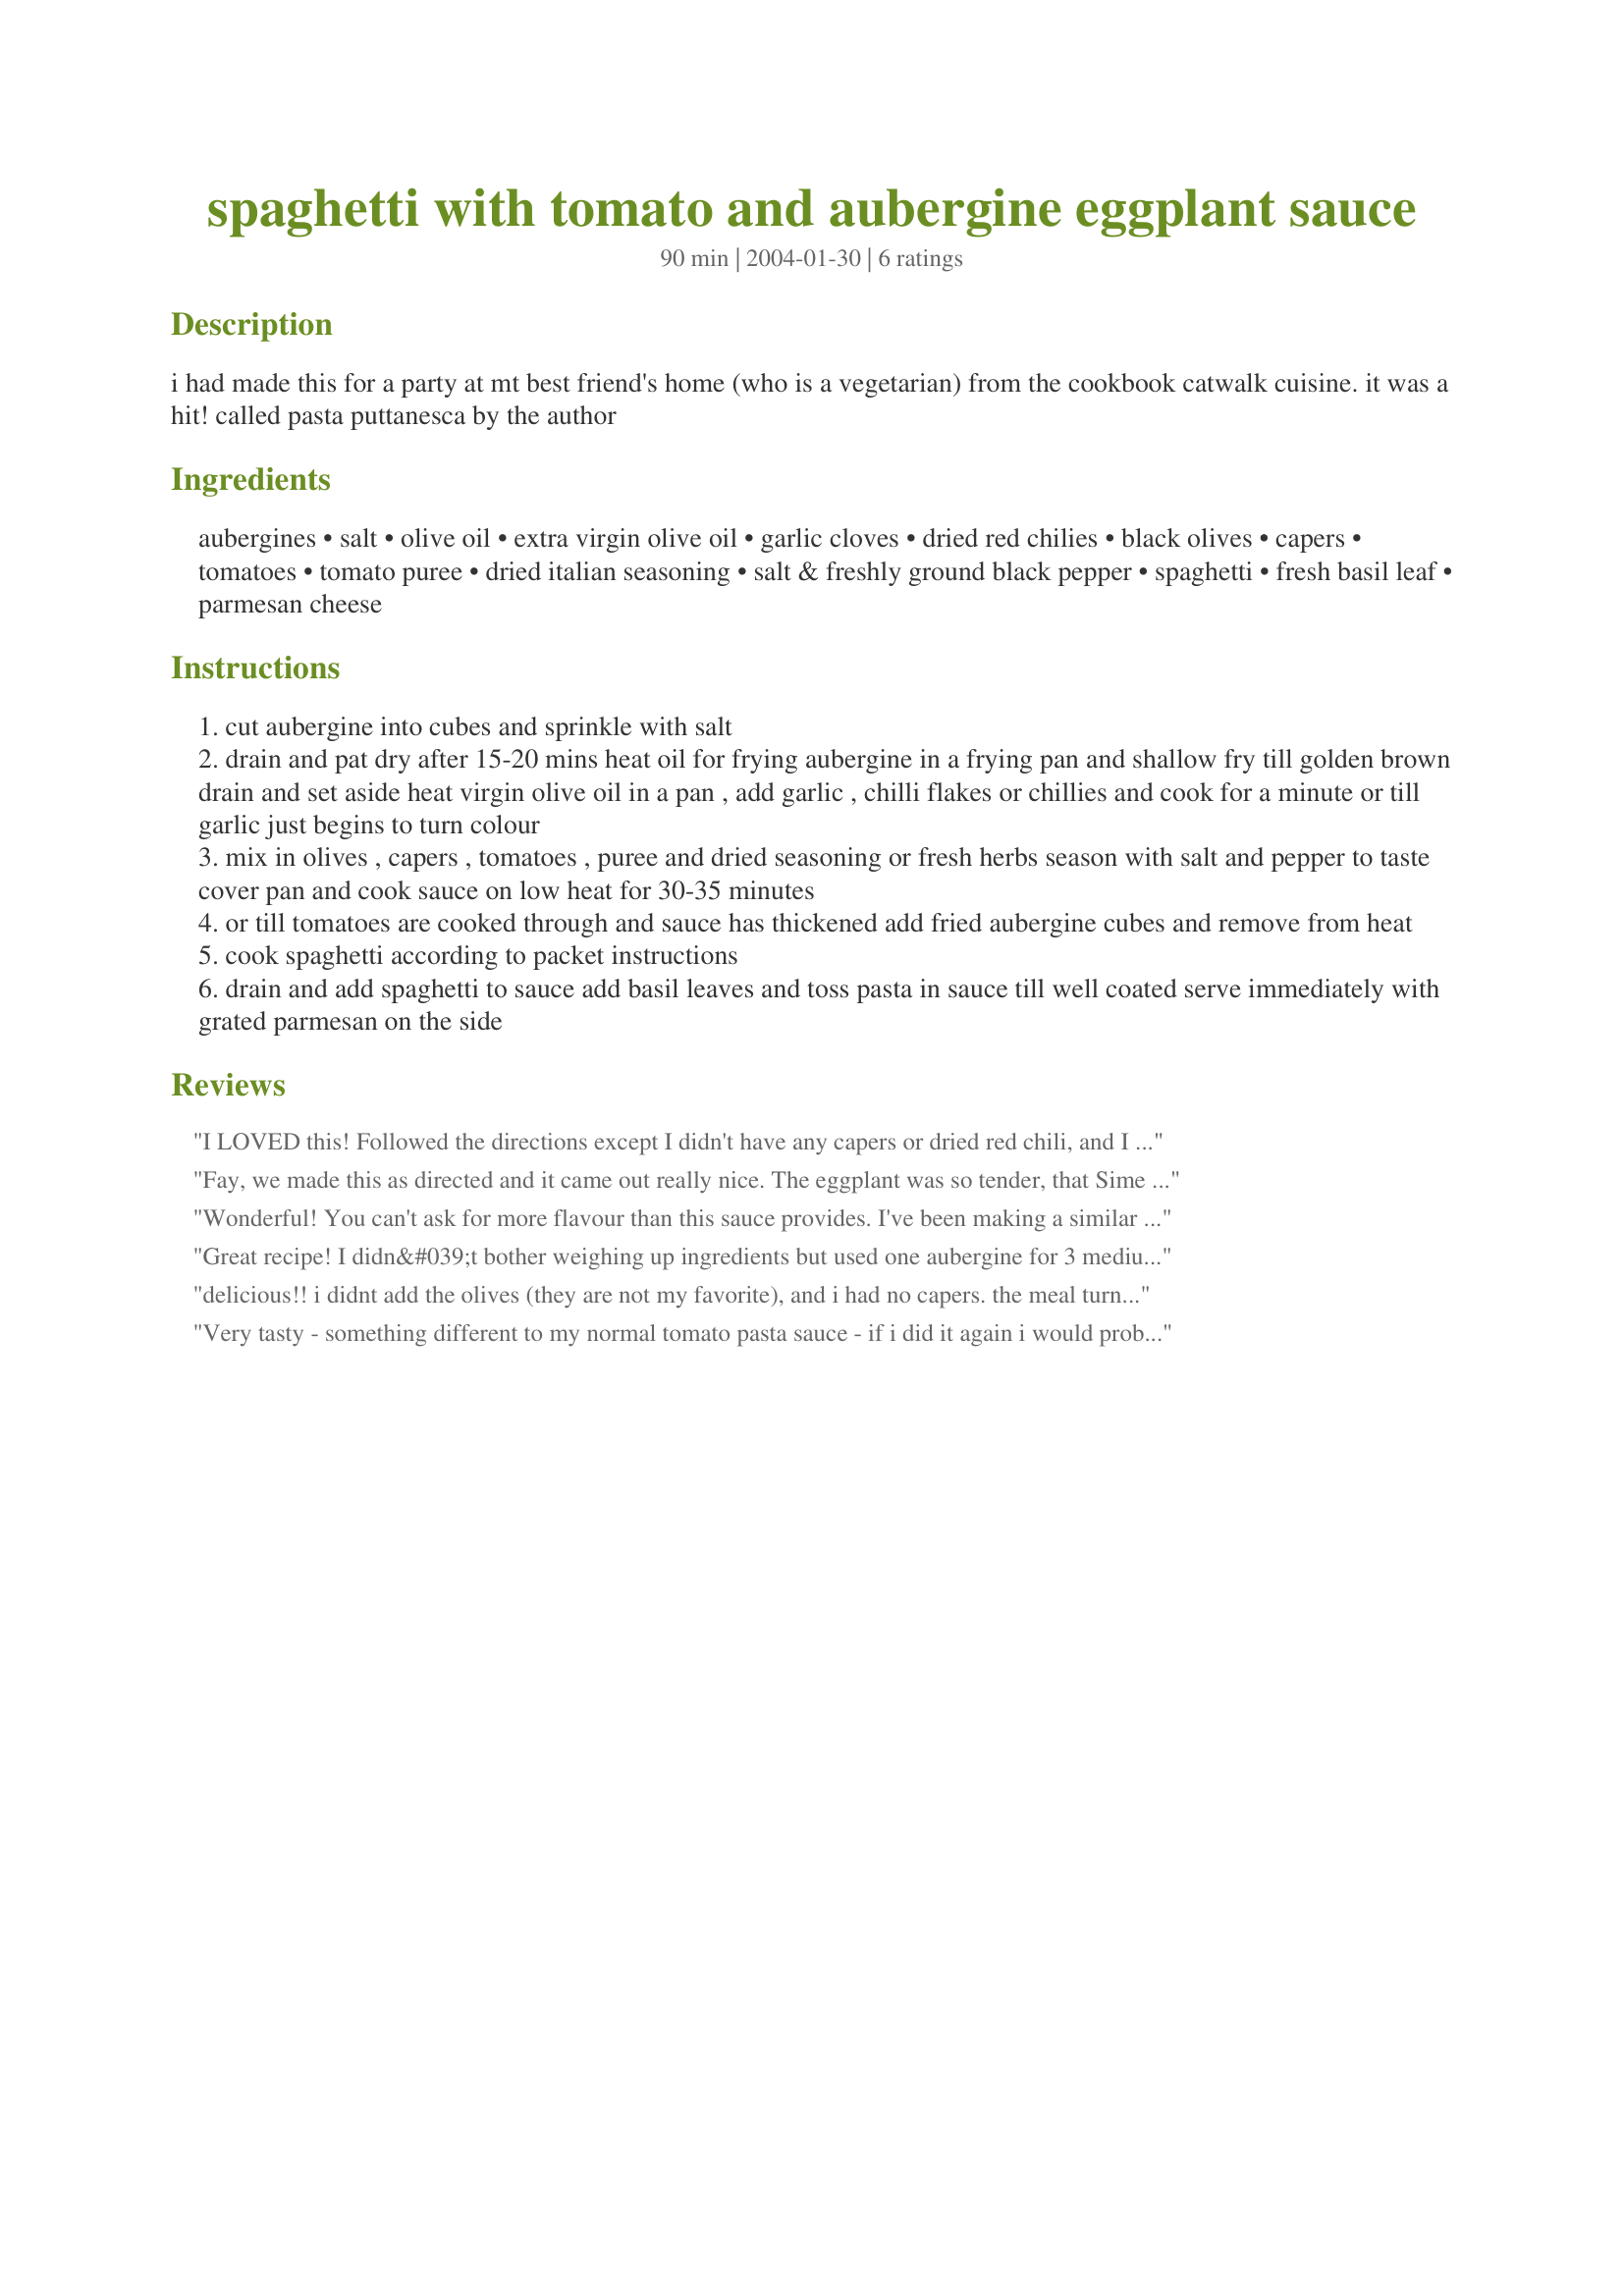
spaghetti with tomato and aubergine eggplant sauce
Preparation time: 90 minutes

i had made this for a party at mt best friend's home (who is a vegetarian) from the cookbook catwalk cuisine. it was a hit! called pasta puttanesca by the author

Ingredients:
aubergines, salt, olive oil, extra virgin olive oil, garlic cloves, dried red chilies, black olives, capers, tomatoes, tomato puree, dried italian seasoning, salt & freshly ground black pepper, spaghetti, fresh basil leaf, parmesan cheese

Steps:
cut aubergine into cubes and sprinkle with salt
drain and pat dry after 15-20 mins heat oil for frying aubergine in a frying pan and shallow fry till golden brown drain and set aside heat virgin olive oil in a pan , add garlic , chilli flakes or chillies and cook for a minute or till garlic just begins to turn colour
mix in olives , capers , tomatoes , puree and dried seasoning or fresh herbs season with salt and pepper to taste cover pan and cook sauce on low heat for 30-35 minutes
or till tomatoes are cooked through and sauce has thickened add fried aubergine cubes and remove from heat
cook spaghetti according to packet instructions
drain and add spaghetti to sauce add basil leaves and toss pasta in sauce till well coated serve immediately with grated parmesan on the side

Reviews:
I LOVED this! Followed the directions except I didn't have any capers or dried red chili, and I used part of a red bell pepper. Tasted great, and DH says I'm going to make it again. Thanks for this fantastic recipe!
Fay, we made this as directed and it came out really nice. The eggplant was so tender, that Sime didn't miss the meat at all. I think that next time I might add an anchovy or two to the sauce or try Evelyn's suggestion of the red wine vinegar.
Wonderful! You can't ask for more flavour than this sauce provides. I've been making a similar one for years but this one is just perfect in its ingredients and proportions with lots of bold accents. One change I made was to add a hefty splash of a good red wine I have on hand - makes all the difference in the world for a flavourful red sauce. I have to say that I didn't use the Parmesan either. I crumbled some feta and sprinkled that over top and it was just unbelievable. This one is a keeper and I recommend that everyone try it!
Great recipe! I didn&#039;t bother weighing up ingredients but used one aubergine for 3 medium tomatoes, 2 cloves of garlic, 1 chilli, 3 heaped tablespoons kalamata olives, 1 tablespoon capers, 2 tablespoons tomato pasatta and it turned out great!
delicious!! i didnt add the olives (they are not my favorite), and i had no capers. the meal turned out perfectly! i made it for my mama's birthday party tonight, it was a hit!
Very tasty - something different to my normal tomato pasta sauce - if i did it again i would probably take the skin off the aubergines before frying 
I did'nt add the olives or capers - and used wholemeal pasta - thanks !
